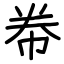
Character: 帣